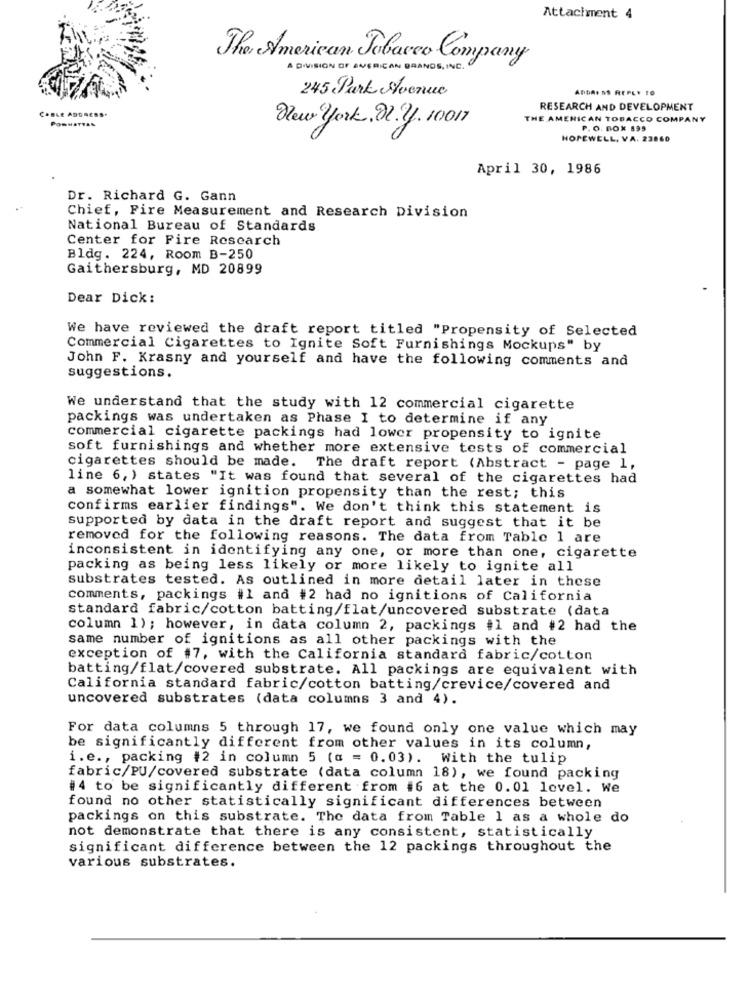
Attachment 4
The American Tobacco Company
A DIVISION OF AMERICAN GRANDE, INC.
245 Park Avenue
ADDRESS REPLY TO
CABLE ADDRESS.
RESEARCH AND DEVELOPMENT
POWHATTAN
New york.al.y. 10017
THE AMERICAN TOBACCO COMPANY
P. O. BOX 195
HOPEWELL, VA. 23860
April 30, 1986
Dr. Richard G. Gann
Chief, Fire Measurement and Research Division
National Bureau of Standards
Center for Fire Research
Bldg. 224, Room B-250
Gaithersburg, MD 20899
Dear Dick:
We have reviewed the draft report titled "Propensity of Selected
Commercial Cigarettes to Ignite Soft Furnishings Mockups" by
John F. Krasny and yourself and have the following comments and
suggestions.
We understand that the study with 12 commercial cigarette
packings was undertaken as Phase I to determine if any
commercial cigarette packings had lower propensity to ignite
soft furnishings and whether more extensive tests of commercial
cigarettes should be made. The draft report (Abstract - page 1,
line 6, ) states "It was found that several of the cigarettes had
a somewhat lower ignition propensity than the rest; this
confirms earlier findings". We don't think this statement is
supported by data in the draft report and suggest that it be
removed for the following reasons. The data from Table 1 are
inconsistent in identifying any one, or more than one, cigarette
packing as being less likely or more likely to ignite all
substrates tested. As outlined in more detail later in these
comments, packings #1 and #2 had no ignitions of California
standard fabric/cotton batting/flat/uncovered substrate (data
column 1) ; however, in data column 2, packings #1 and #2 had the
same number of ignitions as all other packings with the
exception of #7, with the California standard fabric/cotton
batting/flat/covered substrate. All packings are equivalent with
California standard fabric/cotton batting/crevice/covered and
uncovered substrates (data columns 3 and 4).
For data columns 5 through 17, we found only one value which may
be significantly different from other values in its column,
i.e ., packing #2 in column 5 (a = 0.03). With the tulip
fabric/PU/covered substrate (data column 18), we found packing
#4 to be significantly different from #6 at the 0.01 level. We
found no other statistically significant differences between
packings on this substrate. The data from Table 1 as a whole do
not demonstrate that there is any consistent, statistically
significant difference between the 12 packings throughout the
various substrates.